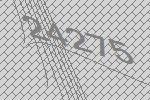
24275